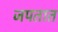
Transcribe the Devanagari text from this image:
जपतात